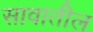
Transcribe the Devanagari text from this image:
सावातील